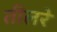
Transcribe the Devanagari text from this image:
तीलरे